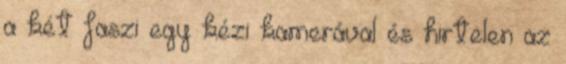
a két faszi egy kézi kamerával és hirtelen az